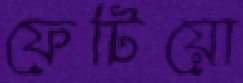
ফেটিয়ো